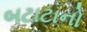
બટાટાનો